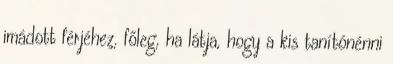
imádott férjéhez, főleg, ha látja, hogy a kis tanítónénni